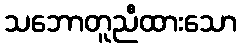
သဘောတူညီထားသော